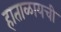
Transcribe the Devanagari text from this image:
हाताळायची